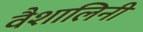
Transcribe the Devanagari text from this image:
वैशालिनी